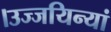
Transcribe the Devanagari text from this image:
।उज्जयिन्यां